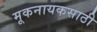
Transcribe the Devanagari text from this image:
मूकनायकसाठी